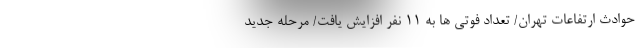
حوادث ارتفاعات تهران/ تعداد فوتی ها به ۱۱ نفر افزایش یافت/ مرحله جدید